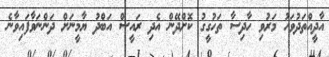
އާދީއްތަދުވަހު މަރުވި ހާދިސާ ތަހުގީގު ކޮށްދޭން އެދި ރައީސް އަބްދު ޔާމީނަށް ދަންނަވާފައިވާނެ